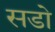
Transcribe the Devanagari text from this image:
सडो